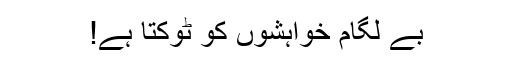
بے لگام خواہشوں کو ٹوکتا ہے!